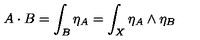
A \cdot B = \int _ { B } \eta _ { A } = \int _ { X } \eta _ { A } \wedge \eta _ { B }